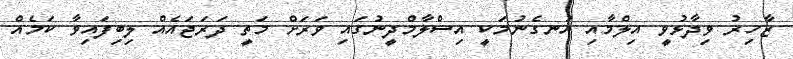
ޒާހިރު ވިދާޅުވީ އިލްމާއި އުނގެނުމަކީ އިސްލާމްދީނުގައި ވަރަށް މަތީ ދަރަޖައެއް ލިބިފައިވާ ކަމެއް